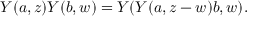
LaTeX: Y ( a , z ) Y ( b , w ) = Y ( Y ( a , z - w ) b , w ) .